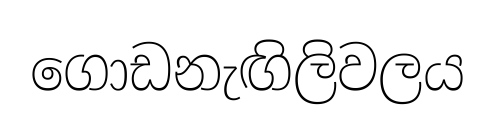
ගොඩනැඟිලිවලය